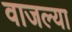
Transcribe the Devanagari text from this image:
वाजल्या